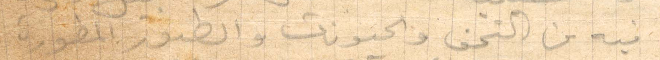
فيه من التحف والحيوانات والطيور المطورة